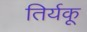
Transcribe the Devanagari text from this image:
तिर्यकू